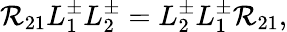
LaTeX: {\cal R}_{21}L_{1}^{\pm}L_{2}^{\pm}=L_{2}^{\pm}L_{1}^{\pm}{\cal R}_{21},